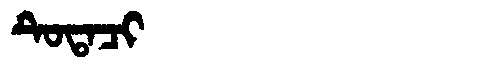
Manchu: ᡨᡠᡨᠠᠴᡳ
Romanization: TUTACI